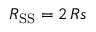
R _ { \mathrm { S S } } = 2 \, R s